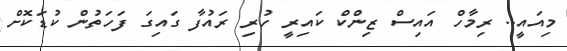
މިއައީ.. ރިމާހް އައިސް ޒިންކް ކައިރީ ހުރި ރައުފާ ގައިގަ ފަހަތުން ކުޑަކޮށް